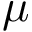
\mu